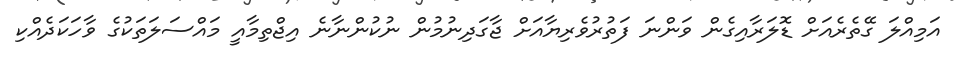
އަމިއްލަ ގޭތެރެއަށް ޑޮލަރާއިގެން ވަންނަ ފަތުރުވެރިޔާއަށް ޖާގަދިނުމުން ނުކުންނާނެ އިޖްތިމާއީ މައްސަލަތަކުގެ ވާހަކަދެއްކި